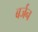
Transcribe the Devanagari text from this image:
बर्जन